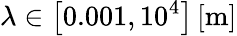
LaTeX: \lambda\in\left[0.001,10^{4}\right]\left[\mathrm{{m}}\right]